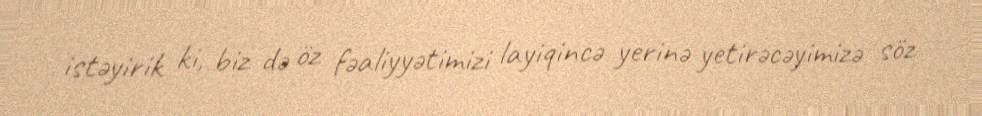
istəyirik ki, biz də öz fəaliyyətimizi layiqincə yerinə yetirəcəyimizə söz